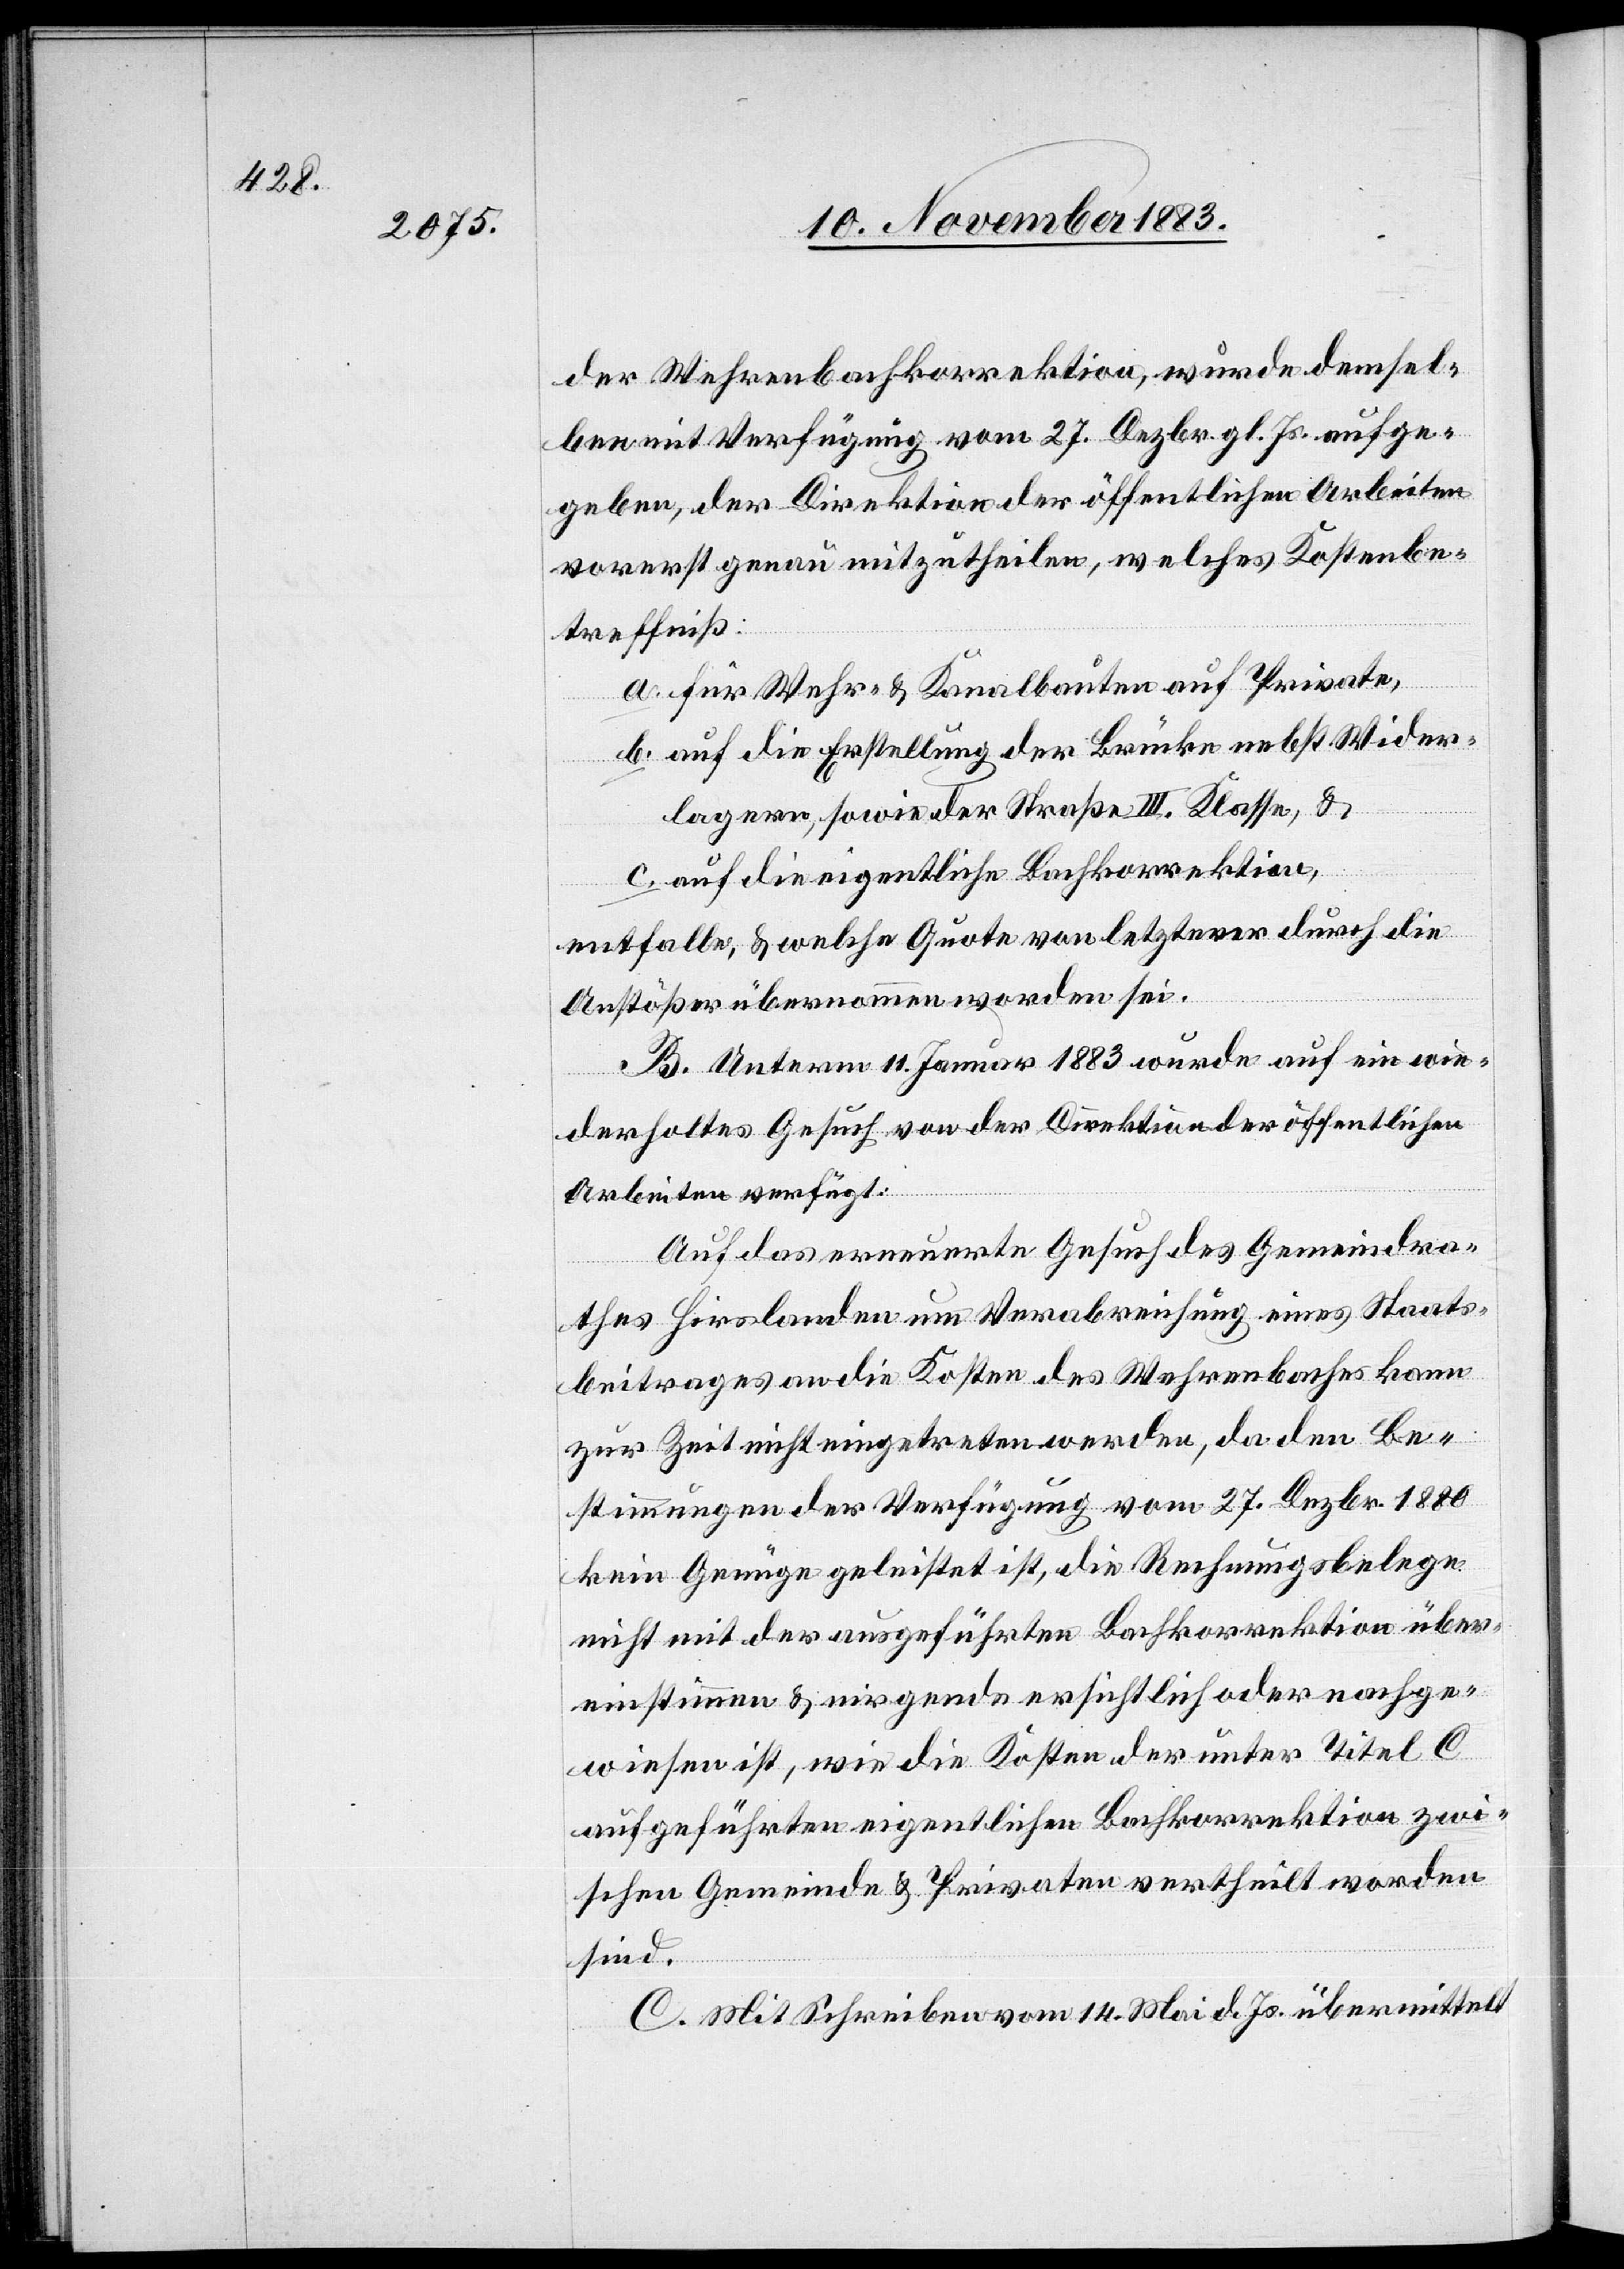
der Wehrenbachkorrektion, wurde demsel¬
ben mit Verfügung vom 27. Dezbr. gl. Js. aufge¬
geben, der Direktion der öffentlichen Arbeiten
vorerst genau mitzutheilen, welches Kostenbe¬
treffniß:
a. für Wehr- & Kanalbauten auf Private,
b. auf die Erstellung der Brücke nebst Wider¬
lagern, sowie der Straße III. Klasse, &
c. auf die eigentliche Bachkorrektion,
entfallen, & welche Quote von letzterer durch die
Anstößer übernommen worden sei.
B. Unterm 11. Januar 1883 wurde auf ein wie¬
derholtes Gesuch von der Direktion der öffentlichen
Arbeiten verfügt:
Auf das erneuerte Gesuch des Gemeindra¬
thes Hirslanden um Verabreichung eines Staats¬
beitrages an die Kosten des Wehrenbaches kann
zur Zeit nicht eingetreten werden, da den Be¬
stimmungen der Verfügung vom 27. Dezbr. 1880
kein Genüge geleistet ist, die Rechnungsbelege
nicht mit der ausgeführten Bachkorrektion über¬
einstimmen & nirgends ersichtlich oder nachge¬
wiesen ist, wie die Kosten der unter Titel c
aufgeführten eigentlichen Bachkorrektion zwi¬
schen Gemeinde & Privaten vertheilt worden
sind.
C. Mit Schreiben vom 14. Mai d. Js. übermittelt